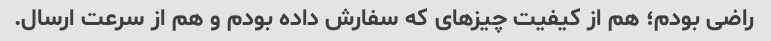
راضی بودم؛ هم از کیفیت چیزهای که سفارش داده بودم و هم از سرعت ارسال.